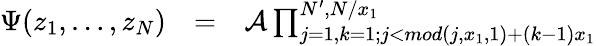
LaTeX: \begin{array}{lll}{\Psi(z_{1},\dots,z_{N})}&{=}&{{\cal{A}}\prod_{j=1,k=1;j<mod(j,x_{1},1)+(k-1)x_{1}}^{N^{\prime},N/x_{1}}}\end{array}